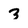
Character: 3